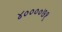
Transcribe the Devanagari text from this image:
४००००७१